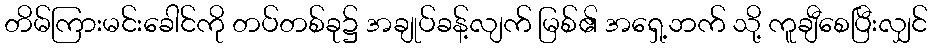
တိမ်ကြားမင်းခေါင်ကို တပ်တစ်ခု၌ အချုပ်ခန့်လျက် မြစ်၏ အရှေ့ဘက် သို့ ကူချီစေပြီးလျှင်